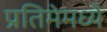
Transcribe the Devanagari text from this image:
प्रतिमेमध्ये